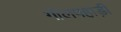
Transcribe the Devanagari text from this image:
गोलपहाड़ी